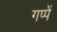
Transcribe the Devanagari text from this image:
गप्पें